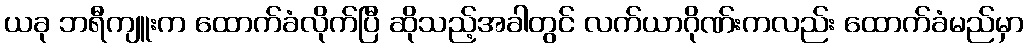
ယခု ဘရီကျူးက ထောက်ခံလိုက်ပြီ ဆိုသည့်အခါတွင် လက်ယာဂိုဏ်းကလည်း ထောက်ခံမည်မှာ